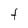
Character: t